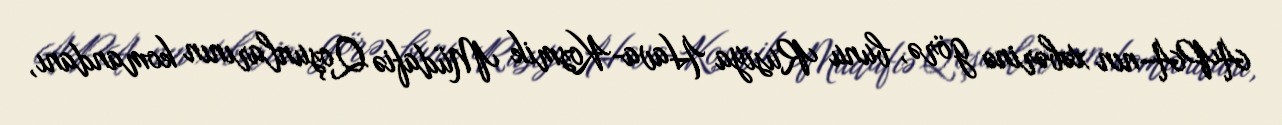
APA-nın xəbərinə görə, bunu Rusiya Hava-Kosmik Müdafiə Qoşunlarının komandanı,